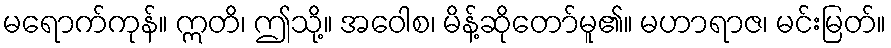
မရောက်ကုန်။ ဣတိ၊ ဤသို့။ အဝေါစ၊ မိန့်ဆိုတော်မူ၏။ မဟာရာဇ၊ မင်းမြတ်။